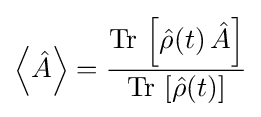
\left\langle {\hat {A}}\right\rangle ={\frac {\operatorname {Tr} \,\left[{\hat {\rho }}(t)\,{\hat {A}}\right]}{\operatorname {Tr} \,\left[{\hat {\rho }}(t)\right]}}